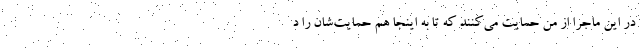
در این ماجرا از من حمایت می‌کنند که تا به اینجا هم حمایت‌شان را د